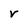
Character: r